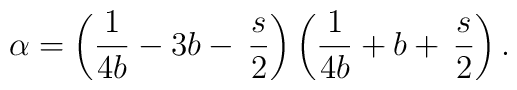
\alpha =\left({1\over 4b}-3b-\,\frac{s}{2}\right)\left({1\over 4b}+b+\,\frac{s}{2}\right).